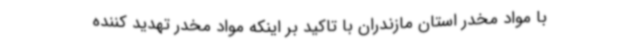
با مواد مخدر استان مازندران با تاکید بر اینکه مواد مخدر تهدید کننده